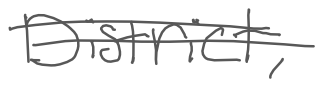
Text: District,
Cross-out: double-line
Writing tool: digital_gray